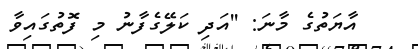
އާޔަތުގެ މާނަ: ''އަދި ކަލޭގެފާނު މި ފޮތުގައިވާ